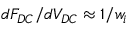
d F _ { D C } / d V _ { D C } \approx 1 / w _ { i }